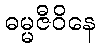
ဓမ္မဇီဝိနေ